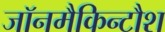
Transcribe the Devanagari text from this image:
जॉनमैकिन्टौश